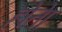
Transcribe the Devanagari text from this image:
होताे